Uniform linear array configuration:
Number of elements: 48
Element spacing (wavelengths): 0.25
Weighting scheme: binomial
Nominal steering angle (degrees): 0
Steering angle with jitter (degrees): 0.8301
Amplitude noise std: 0.05
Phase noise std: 0.05

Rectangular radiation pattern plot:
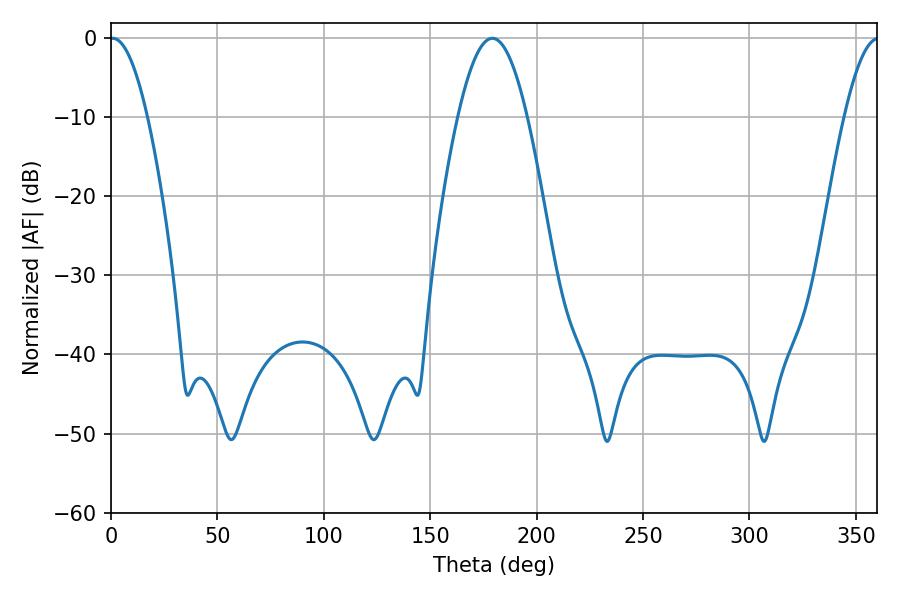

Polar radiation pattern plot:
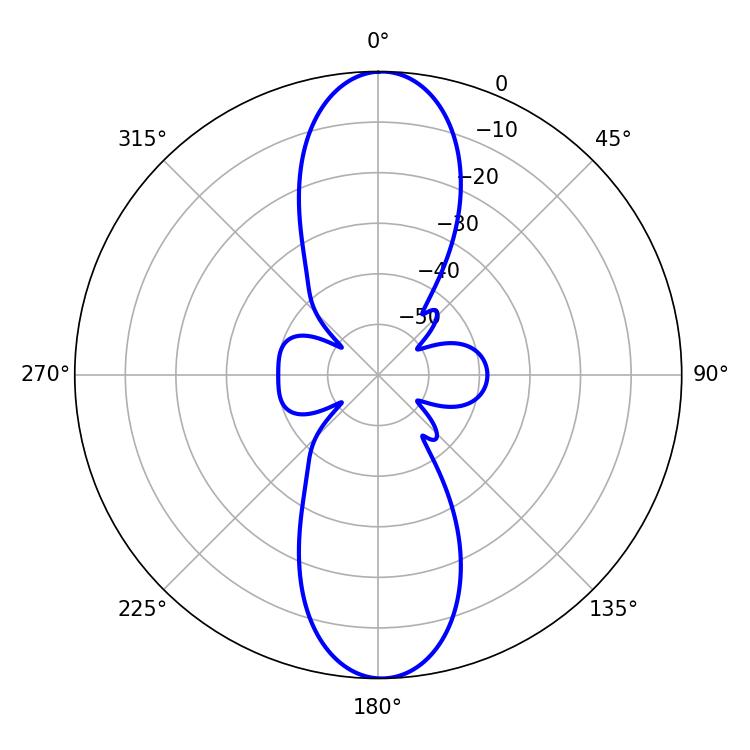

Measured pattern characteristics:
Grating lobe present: FALSE
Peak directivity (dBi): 23.614
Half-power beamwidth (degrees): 17.82
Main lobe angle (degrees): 179.28